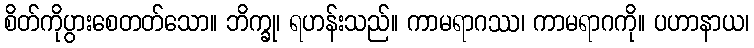
စိတ်ကိုပွားစေတတ်သော။ ဘိက္ခု၊ ရဟန်းသည်။ ကာမရာဂဿ၊ ကာမရာဂကို။ ပဟာနာယ၊